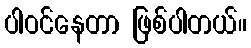
ပါဝင်နေတာ ဖြစ်ပါတယ်။